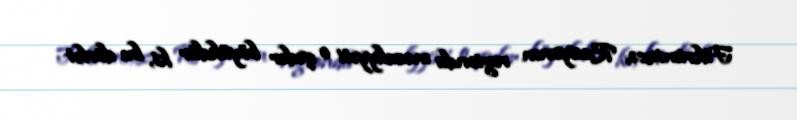
Fikrimizcə, Rusiyanın regionda məsuliyyəti o qədər böyükdür ki, bu dövlət